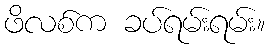
ဖိလစ်က ခပ်ရမ်းရမ်း။